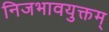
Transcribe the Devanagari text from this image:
निजभावयुक्तम्